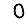
Digit: 0